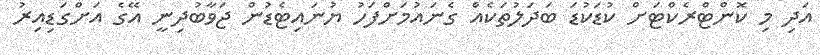
އަދި މި ކޮންޓްރެކްޓަށް ކުޑަކުޑަ ބަދަލުތަކެއް ގެނައުމަށްފަހު ޔުނައިޓެޑުން ޖަވާބުދިނީ އޭގެ އަށްގަޑިއިރު